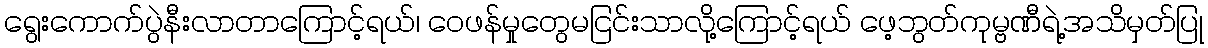
ရွေးကောက်ပွဲနီးလာတာကြောင့်ရယ်၊ ဝေဖန်မှုတွေမငြင်းသာလို့ကြောင့်ရယ် ဖေ့ဘွတ်ကုမ္ဗဏီရဲ့အသိမှတ်ပြု